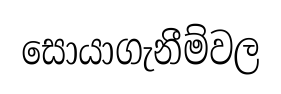
සොයාගැනීම්වල